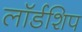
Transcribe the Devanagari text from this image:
लॉर्डशिप